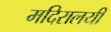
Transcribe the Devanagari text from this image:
मदिरालयी